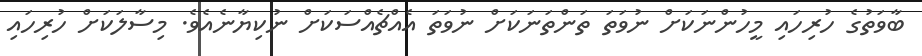
ބާވަތުގެ ހުރިހައި މީހުންނަކަށް ނުވަތަ ތަންތަނަކަށް ނުވަތަ އެއްޗެއްސަކަށް ނުކިޔާނެއެވެ. މިސާލަކަށް ހުރިހައި